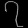
Digit: ၇